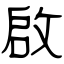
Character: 啟